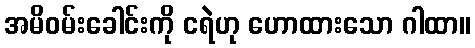
အမိဝမ်းခေါင်းကို ငရဲဟု ဟောထားသော ဂါထာ။